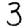
Digit: 3